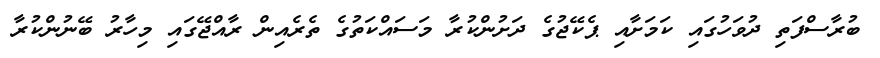
ބުރާސްފަތި ދުވަހުގައި ކަމަށާއި ޕެކޭޖުގެ ދަށުންކުރާ މަސައްކަތުގެ ތެރެއިން ރާއްޖޭގައި މިހާރު ބޭނުންކުރާ